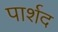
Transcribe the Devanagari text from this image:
पार्शद